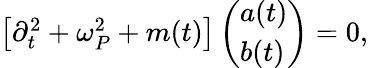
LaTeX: \begin{array}{r}{\left[\partial_{t}^{2}+\omega_{P}^{2}+m(t)\right]\left(\begin{array}{l}{a(t)}\\ {b(t)}\end{array}\right)=0,}\end{array}